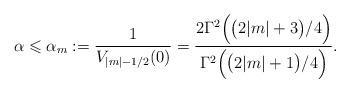
LaTeX: \begin{align*} \alpha\leqslant\alpha_m:= \frac1{V_{|m| -1/2}(0)}= \frac{2\Gamma^2\Big(\big(2|m| +3\big)/4\Big)}{\Gamma^2\Big(\big(2|m|+ 1\big)/4\Big)}.\end{align*}